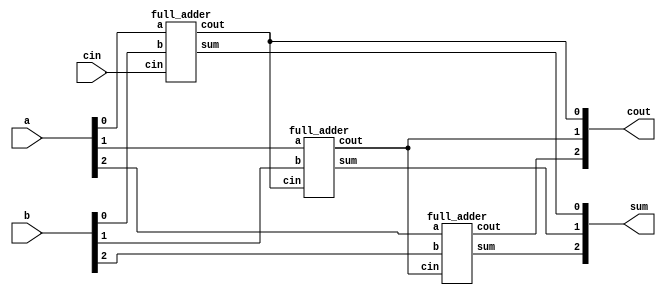
module top_module( 
    input [2:0] a, b,
    input cin,
    output [2:0] cout,
    output [2:0] sum );

    full_adder u_full_adder_1(a[0], b[0], cin, cout[0], sum[0]);
    full_adder u_full_adder_2(a[1], b[1], cout[0], cout[1], sum[1]);
    full_adder u_full_adder_3(a[2], b[2], cout[1], cout[2], sum[2]);
    
endmodule

module full_adder( 
    input a, b, cin,
    output cout, sum );

    assign sum = a ^ b ^ cin;
    assign cout = (a & b) | ((a ^ b) & cin);
    
endmodule